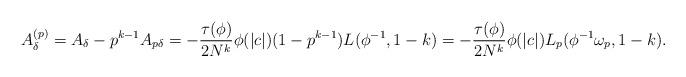
LaTeX: \begin{align*}A_{\delta}^{(p)}=A_\delta-p^{k-1}A_{p\delta}&=-\frac{\tau(\phi)}{2N^k}\phi(|c|)(1-p^{k-1})L(\phi^{-1}, 1-k)=-\frac{\tau(\phi)}{2N^k}\phi(|c|) L_p(\phi^{-1} \omega_p, 1-k).\end{align*}